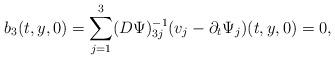
LaTeX: \begin{align*} b_3(t,y,0)=\sum_{j=1}^{3}(D\Psi)_{3j}^{-1}(v_j-\partial_t\Psi_j)(t,y,0)=0,\end{align*}